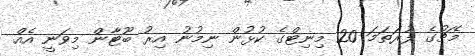
މެޗުގެ ފުރަތަމަ 20 މިނިޓްގެ ކުޅުން ނިމުނު އިރު ބޫޓާން މިވަނީ އެއް